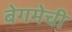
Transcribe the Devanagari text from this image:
बेगमेची